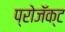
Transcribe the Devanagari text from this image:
प्रोजॅक्ट